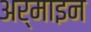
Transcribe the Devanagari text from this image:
अर्माइन